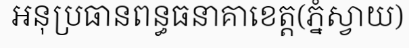
អនុប្រធានពន្ធធនាគាខេត្ត(ភ្នំស្វាយ)